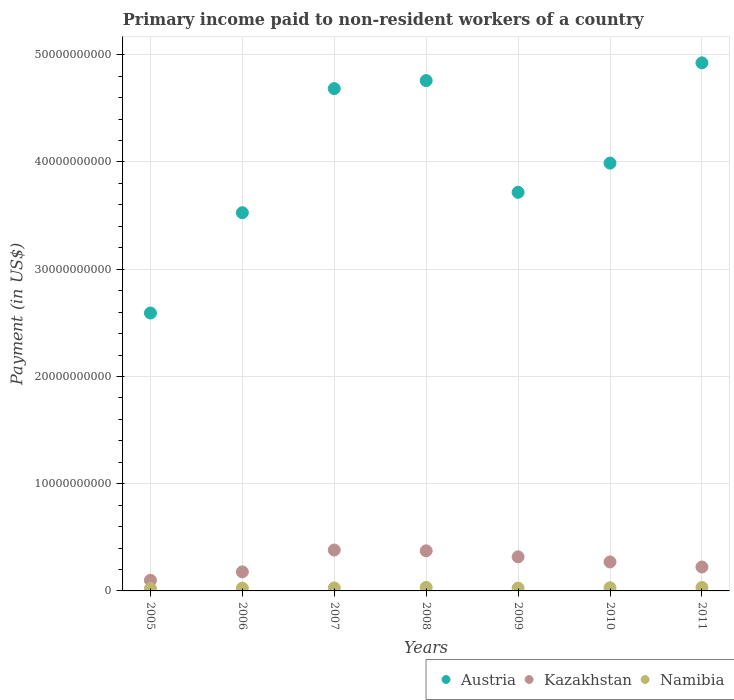
| Years | Austria | Kazakhstan | Namibia |
 | --- | --- | --- | --- |
 | 2005 | 2.59e+10 | 9.93e+08 | 2.25e+08 |
 | 2006 | 3.53e+10 | 1.78e+09 | 2.56e+08 |
 | 2007 | 4.68e+10 | 3.82e+09 | 2.77e+08 |
 | 2008 | 4.76e+10 | 3.74e+09 | 3.24e+08 |
 | 2009 | 3.72e+10 | 3.18e+09 | 2.65e+08 |
 | 2010 | 3.99e+10 | 2.7e+09 | 2.96e+08 |
 | 2011 | 4.92e+10 | 2.23e+09 | 3.19e+08 |